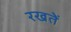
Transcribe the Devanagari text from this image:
रखतेें